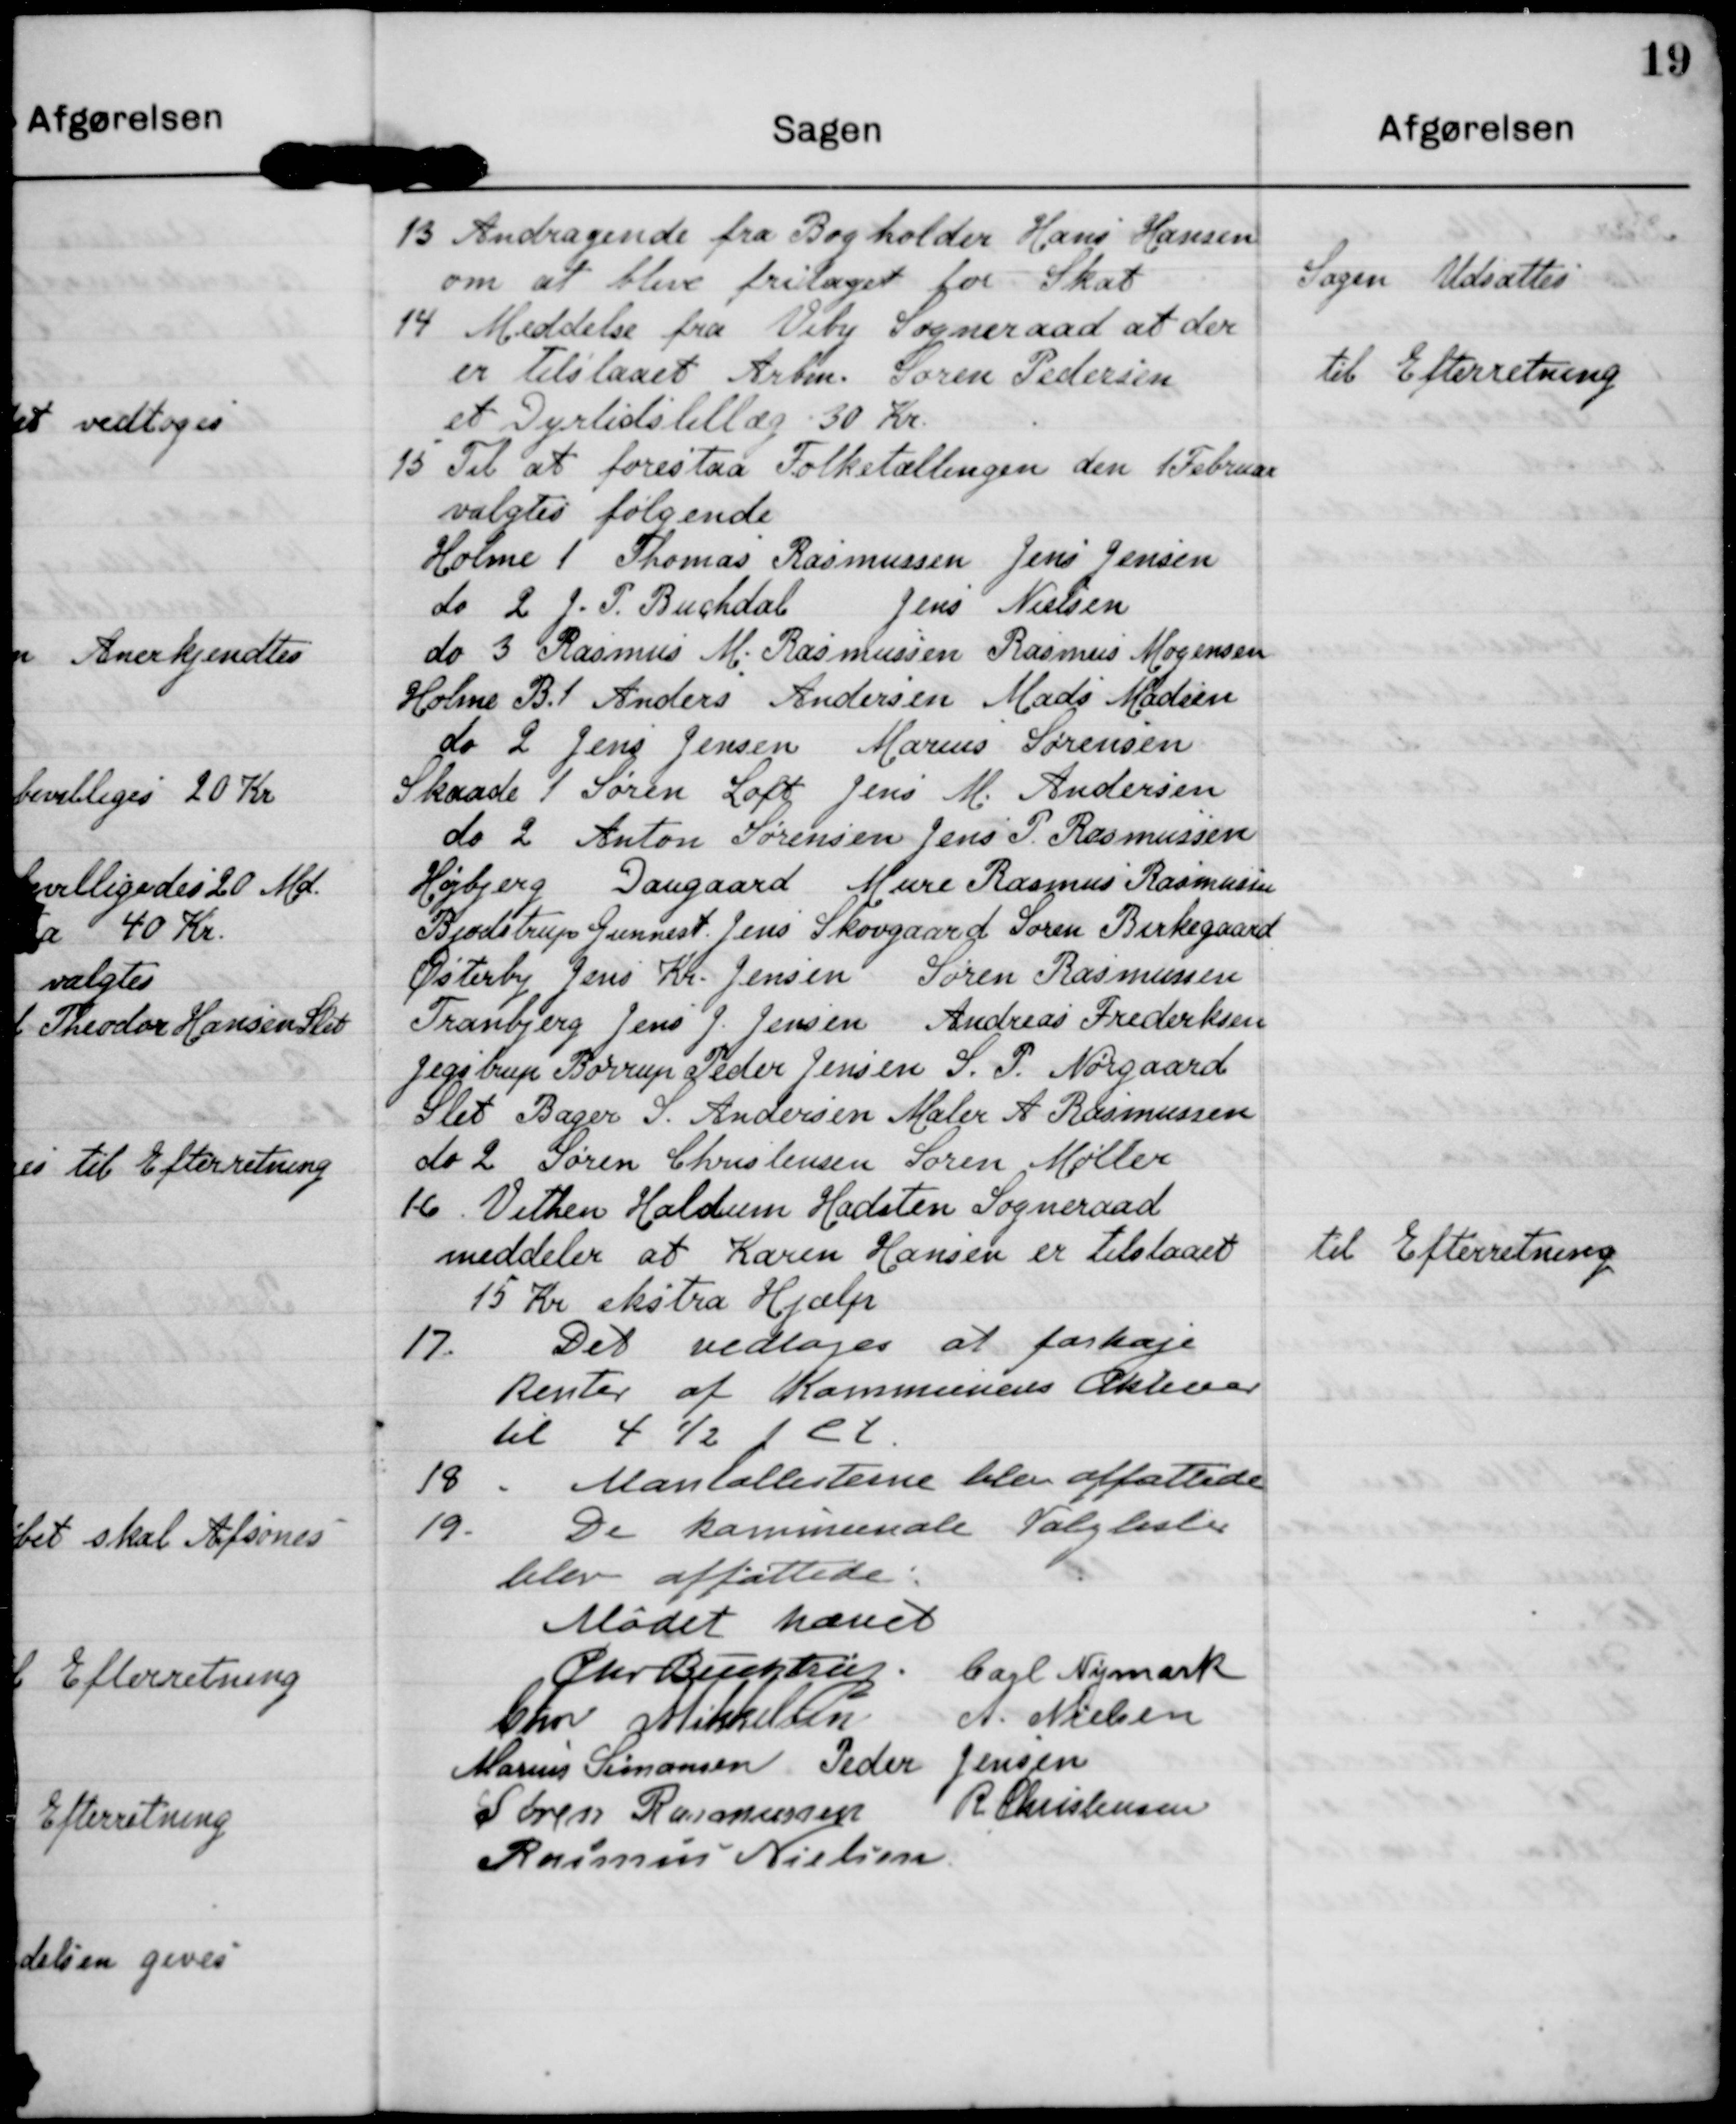
Transskription:
13 Andragende fra Bogholder Hans Hansen
om at blive fritaget for Skat

Sagen Udsættes

14 Meddelse fra Viby Sogneraad at der
er Tilslaaet Arbm Søren Pedersen
et Dyrtidstillæg 30 Kr

til Efterretning

15 Til at forestaa Folketællingen den 1Februar
valgtes følgende
Holme 1 Thomas Rasmussen Jens Jensen
do 2 J. P. Buchdal
Jens Nielsen
do 3 Rasmus M. Rasmussen Rasmus Mogensen
Holme B.1 Anders Andersen Mads Madsen
do 2 Jens Jensen Marius Sørensen
Skaade 1 Søren Loft Jens M. Andersen
do 2 Anton Sørensen Jens P. Rasmussen
Højbjerg Daugaard Mure Rasmus Rasmussen
Bjødstrup Gunnest Jens Skovgaard Soren Birkegaard
Østerby Jens Kr. Jensen Søren Rasmussen
Tranbjerg Jens J. Jensen Andreas Frederiksen
Jegstrup Børrup Peder Jensen S. P. Nørgaard
Slet Bager S. Andersen Maler A. Rasmussen
do 2 Søren Christensen Soren Møller

16 Vithen Haldum Hadsten Sogneraad
meddeler at Karen Hansen er Tilstaaet
15 Kr ekstra Hjælp

til Efterretning

17. Det vedtoges at forhøje
Renter af Kommunens Aktiver
til 4 ½ pct

18. Mantallisterne blev affattede

19. De kommunale Valglister
blev affattede

Mødet hævet
Chr. Buchtrup
Carl Nymark
Chr. Mikkelsen
A. Nielsen
Marius Simonsen
Peder Jensen
Søren Rasmussen
R. Christensen
Rasmus Nielsen